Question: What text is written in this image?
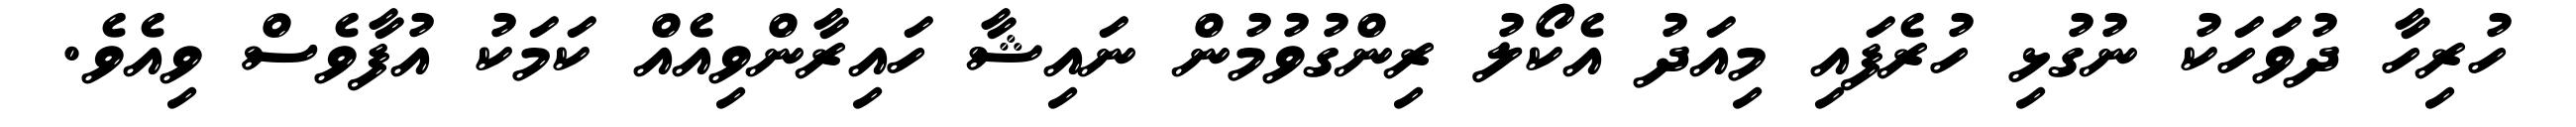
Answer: ހުރިހާ ދުވަހަކު ނުގުޅި ހުރެފައި މިއަދު އެކޯލު ރިންގުވުމުން ނައިޝާ ހައިރާންވިއެއް ކަމަކު އުފާވެސް ވިއެވެ.